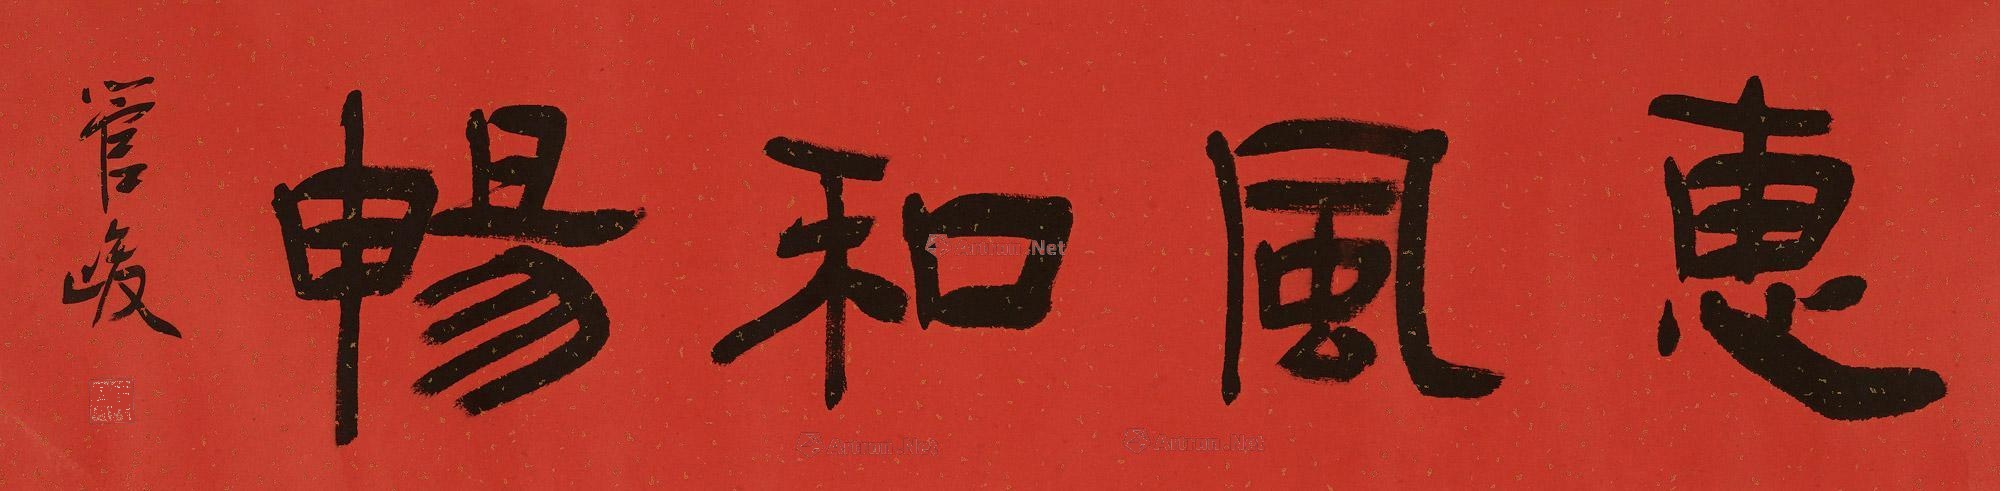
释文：惠风和畅管峻。